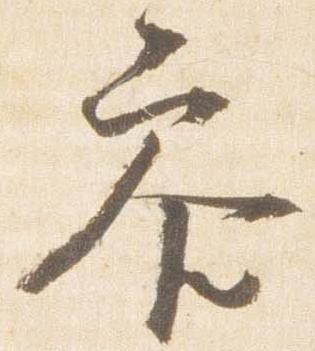
参